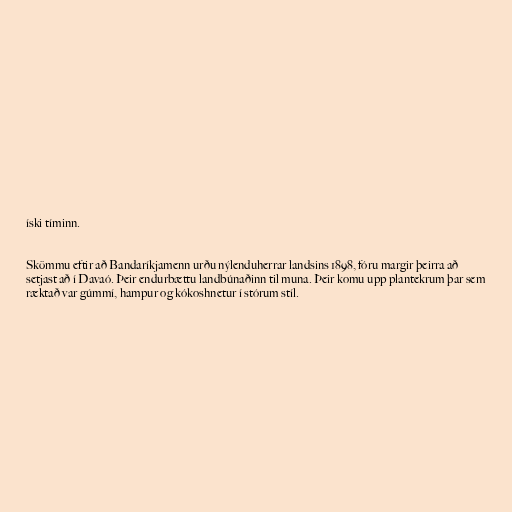
íski tíminn.

Skömmu eftir að Bandaríkjamenn urðu nýlenduherrar landsins 1898, fóru margir þeirra að
setjast að í Davaó. Þeir endurbættu landbúnaðinn til muna. Þeir komu upp plantekrum þar sem
ræktað var gúmmí, hampur og kókoshnetur í stórum stíl.